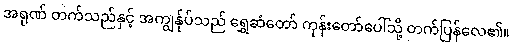
အရုဏ် တက်သည်နှင့် အကျွန်ုပ်သည် ရွှေဆံတော် ကုန်းတော်ပေါ်သို့ တက်ပြန်လေ၏။